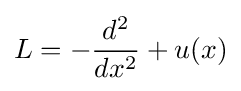
L=-{\frac {d^{2}}{dx^{2}}}+u(x)